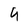
Character: 9